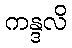
ကန္ဒလိ